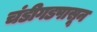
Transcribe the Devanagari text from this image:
चंडीगडपासून